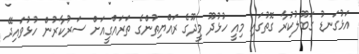
އަޅުގަނޑު ގަބޫލުކުރާ ގޮތުގައި މިއީ ހުޅުދޫ މީދޫގެ ރައްޔިތުންގެ ތަރައްގީއަށް ސަރުކާރުން ހުޅުވައިދޭ